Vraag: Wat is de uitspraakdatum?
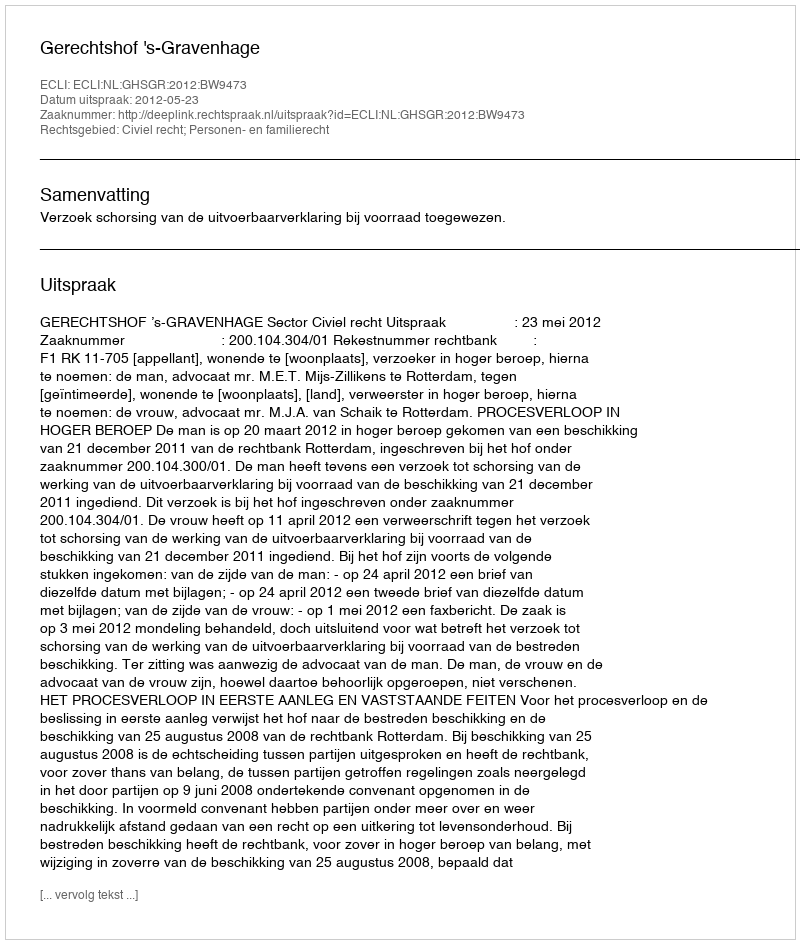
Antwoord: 2012-05-23